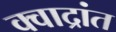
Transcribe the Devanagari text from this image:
क्वाद्रांत